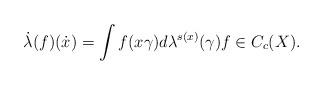
LaTeX: \begin{gather*}\dot\lambda(f)(\dot x)=\int f(x\gamma)d\lambda^{s(x)}(\gamma)f\in C_c(X).\end{gather*}